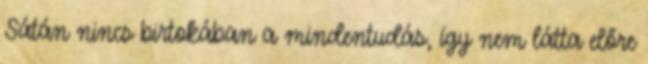
Sátán nincs birtokában a mindentudás, így nem látta előre